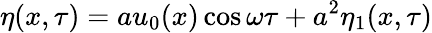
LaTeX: \eta(x,\tau)=au_{0}(x)\cos\omega\tau+a^{2}\eta_{1}(x,\tau)